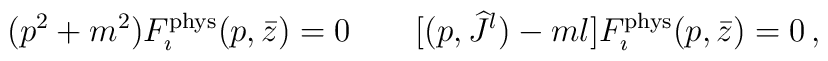
(p^2+m^2)F_\imath^{\rm phys}(p,\bar z)=0\qquad[(p,{\widehat J}{}^l)-ml]F_\imath^{\rm phys}(p,\bar z)=0\,,